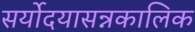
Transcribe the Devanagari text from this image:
सर्योदयासन्नकालिक